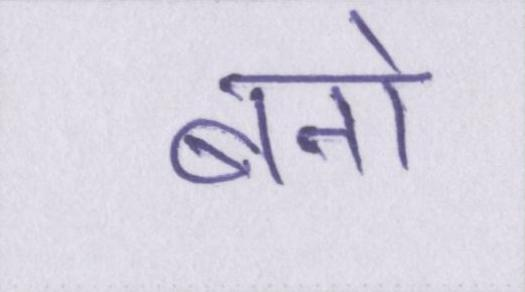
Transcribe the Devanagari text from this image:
बनो